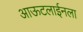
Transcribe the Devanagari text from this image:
आऊटलाईनला